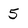
Character: 5